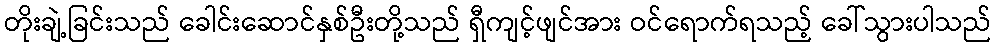
တိုးချဲ့ခြင်းသည် ခေါင်းဆောင်နှစ်ဦးတို့သည် ရှီကျင့်ဖျင်အား ဝင်ရောက်ရသည့် ခေါ်သွားပါသည်